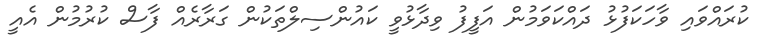
ކުރައްވައި ވާހަކަފުޅު ދައްކަވަމުން އަފީފު ވިދާޅުވީ ކައުންސިލްތަކުން ގަރާރެއް ފާސް ކުރުމުން އެއީ